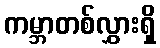
ကမ္ဘာတစ်လွှားရှိ